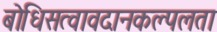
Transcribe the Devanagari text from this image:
बोधिसत्वावदानकल्पलता